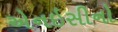
એનઇસીનો